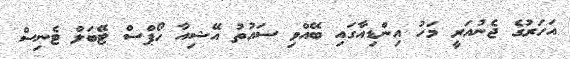
އަހަރުގެ ޖެނުއަރީ މަހު އިންޑިއާގައި ބޭއްވި ސައުތު އޭޝިއާ ހޯޕްސް ޓޭބަލް ޓެނިސް